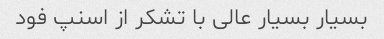
بسیار بسیار عالی با تشکر از اسنپ فود